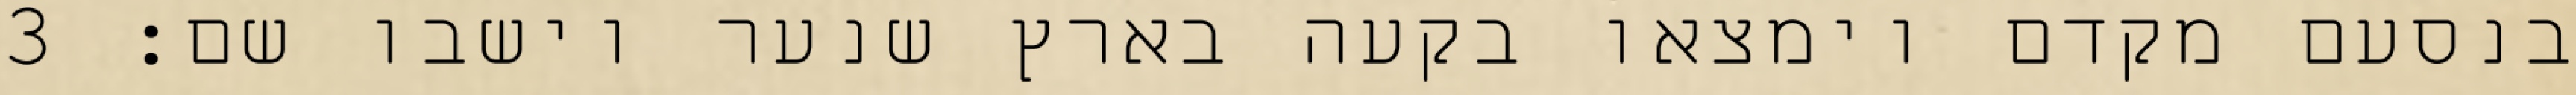
בנסעם מקדם וימצאו בקעה בארץ שנער וישבו שם׃ ‎3‏